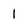
Character: l